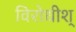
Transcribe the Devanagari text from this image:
विरोधीश्